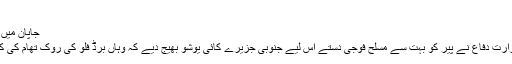
‘‘
جاپان میں برڈ فلو کے خلاف فوجی دستے بھی میدان میں
جاپانی میڈیا کی رپورٹوں کے مطابق ملکی وزارت دفاع نے پیر کو بہت سے مسلح فوجی دستے اس لیے جنوبی جزیرے کائی یوشو بھیج دیے کہ وہاں برڈ فلو کی روک تھام کی کوششوں میں مقامی حکام کی مدد کی جا سکے۔